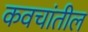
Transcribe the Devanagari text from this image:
कवचांतील